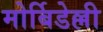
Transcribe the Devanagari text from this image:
मोर्बिडेल्ली